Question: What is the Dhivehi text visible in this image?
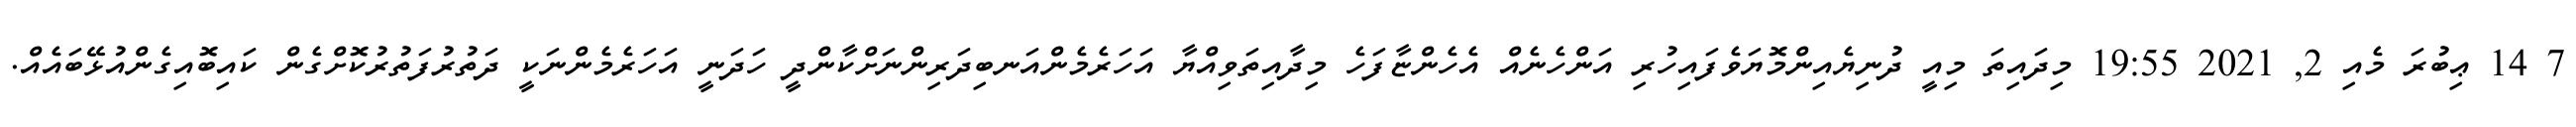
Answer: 7 14 ޢިބުރަ މެއި 2, 2021 19:55 މިދައިތަ މިއީ ދުނިޔެއިންމޮޔަވެފައިހުރި އަންހެނެއް އެހެންޏާފަހެ މިދާއިތަވިއްޔާ އަހަރެމެންއަނބިދަރިންނަށްކާންދީ ހަދަނީ އަހަރެމެންނަކީ ދަތުރުފަތުރުކޮށްގެން ކައިބޮއިގެންއުޅޭބައެއް.